Indian journal of veterinary science and animal husbandry - Volume 13,
Year: 1943
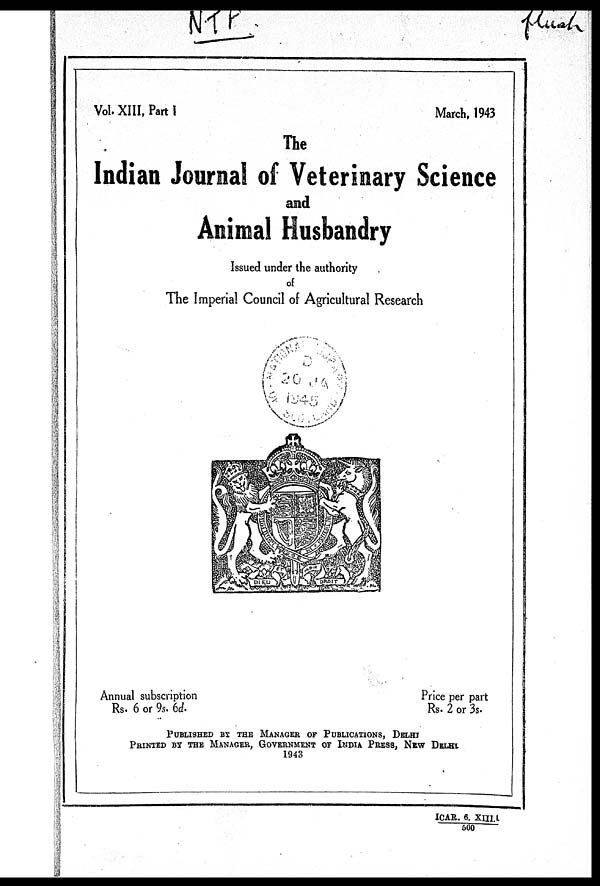
Vol. XIII, Part I
March, 1943
The
Indian Journal of Veterinary Science
and
Animal Husbandry
Issued under the authority
of
The Imperial Council of Agricultural Research
Annual subscription
Rs. 6 or 9s. 6d.
Price per part
Rs. 2 or 3s.
PUBLISHED BY THE MANAGER OF PUBLICATIONS, DELHI
PRINTED BY THE MANAGER, GOVERNMENT OF INDIA PRESS, N
1943
ICAR. 6. XIII.1
500